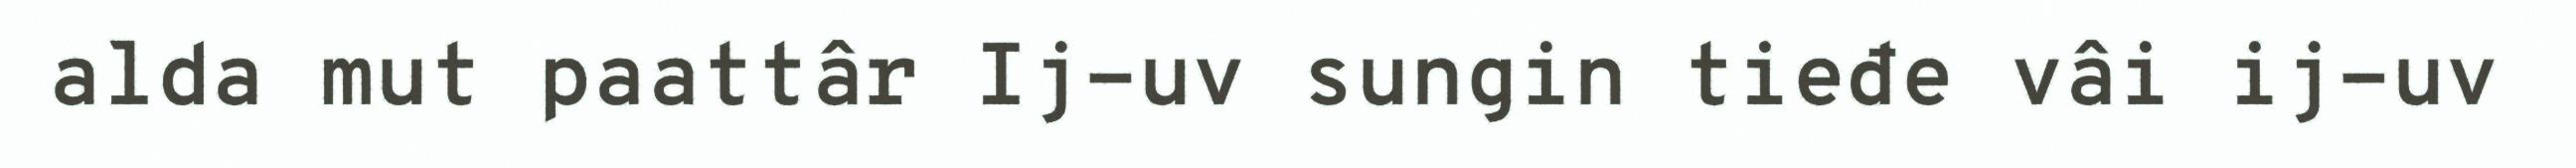
alda mut paattâr Ij-uv sungin tieđe vâi ij-uv